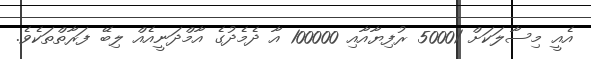
އެއީ މިސާލަކަށް 50001 ރުފިޔާއާއި 100000 އާ ދެމެދުގެ އާމްދަނީއެއް ލިބޭ ފަރާތްތަކެވެ.